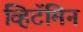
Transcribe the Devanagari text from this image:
व्हिटॅमिन